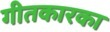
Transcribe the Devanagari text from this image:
गीतकारका